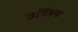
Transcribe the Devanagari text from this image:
उर्मिमय